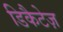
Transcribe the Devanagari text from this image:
डिकैटेज़